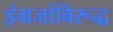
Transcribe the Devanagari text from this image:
इंग्रजांविरूद्ध